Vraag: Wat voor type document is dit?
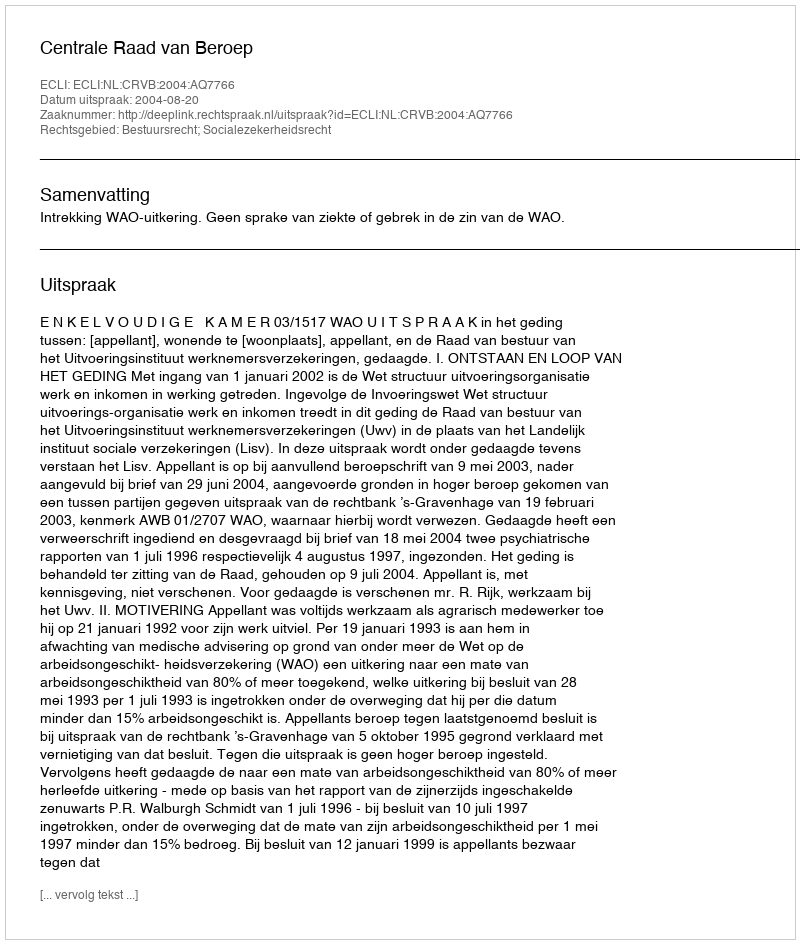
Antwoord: Uitspraak